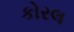
કોરલ